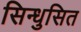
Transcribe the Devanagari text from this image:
सिन्धुसित